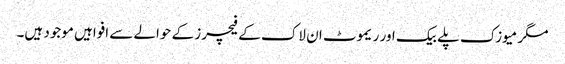
مگر میوزک پلے بیک اور ریموٹ ان لاک کے فیچرز کے حوالے سے افواہیں موجود ہیں۔